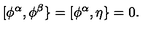
[ \phi ^ { \alpha } , \phi ^ { \beta } \} = [ \phi ^ { \alpha } , \eta \} = 0 .